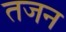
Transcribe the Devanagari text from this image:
तजन